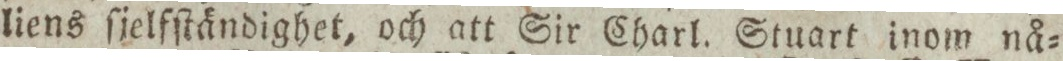
liens ſjelfſtändighet, och att Sir Charl. Stuart inom nå=